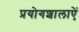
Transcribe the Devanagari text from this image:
प्रयोगशालाऐं